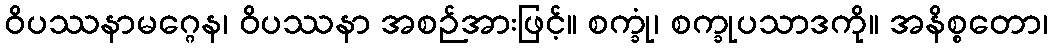
ဝိပဿနာမဂ္ဂေန၊ ဝိပဿနာ အစဉ်အားဖြင့်။ စက္ခုံ၊ စက္ခုပသာဒကို။ အနိစ္စတော၊